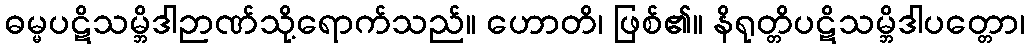
ဓမ္မပဋိသမ္ဘိဒါဉာဏ်သို့ရောက်သည်။ ဟောတိ၊ ဖြစ်၏။ နိရုတ္တိပဋိသမ္ဘိဒါပတ္တော၊